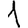
Digit: 1